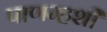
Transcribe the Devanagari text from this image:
पाणम्हशी